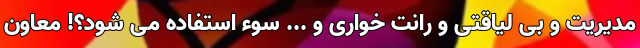
مدیریت و بی لیاقتی و رانت خواری و ... سوء استفاده می شود؟! معاون